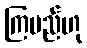
ကြမည်ဟု